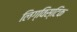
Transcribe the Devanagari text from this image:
लिग्विस्टिक